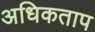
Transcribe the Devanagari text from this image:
अधिकताप